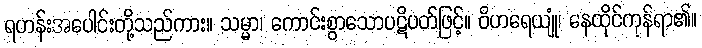
ရဟန်းအပေါင်းတို့သည်ကား။ သမ္မာ၊ ကောင်းစွာသောပဋိပတ်ဖြင့်။ ဝိဟရေယျုံ၊ နေထိုင်ကုန်ရာ၏။